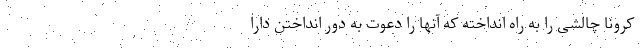
کرونا چالشی را به راه انداخته که آنها را دعوت به دور انداختن دارا